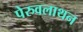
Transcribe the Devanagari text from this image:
पेरुवलाथन